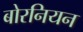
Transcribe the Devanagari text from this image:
बोरनियन